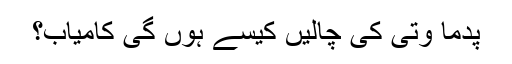
پدما وتی کی چالیں کیسے ہوں گی کامیاب؟